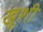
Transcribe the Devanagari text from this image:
खूशी